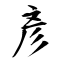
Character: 彥